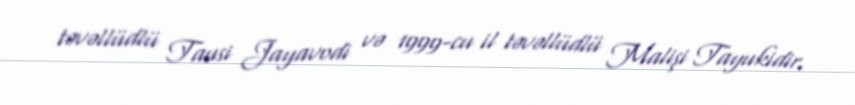
təvəllüdlü Tausi Jayavodi və 1999-cu il təvəllüdlü Malişi Tayukidir.